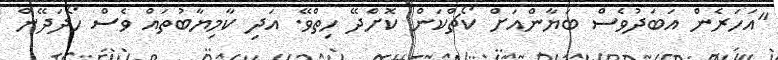
"އަހަރެން އަބަދުވެސް ބަޔާންއަށް ކޯޗްކަން ކޮށްދޭ ހިތްވޭ. އަދި ކާމިޔާބުތައް ވެސް ހޯދަދޭން